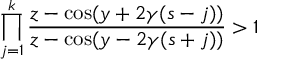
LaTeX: \prod _ { j = 1 } ^ { k } \frac { z - \cos ( y + 2 \gamma ( s - j ) ) } { z - \cos ( y - 2 \gamma ( s + j ) ) } > 1